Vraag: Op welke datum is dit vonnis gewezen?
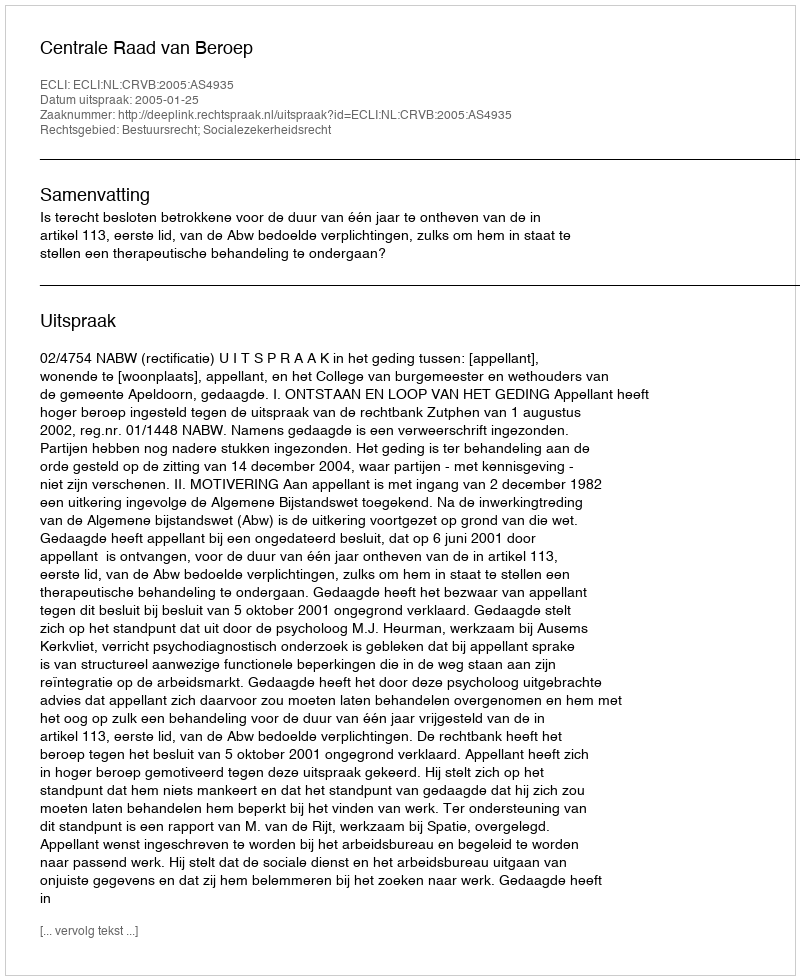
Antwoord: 2005-01-25